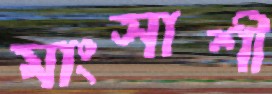
মাংসাশী